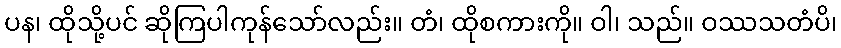
ပန၊ ထိုသို့ပင် ဆိုကြပါကုန်သော်လည်း။ တံ၊ ထိုစကားကို။ ဝါ၊ သည်။ ဝဿသတံပိ၊